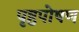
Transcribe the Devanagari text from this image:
पृष्ठपोषण